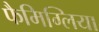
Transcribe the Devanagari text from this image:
फैमिग्लिया